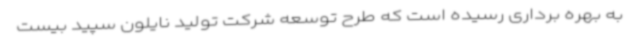
به بهره برداری رسیده است که طرح توسعه شرکت تولید نایلون سپید بیست